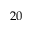
2 0